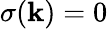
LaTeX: \sigma(\mathbf{k})=0